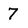
Character: 7